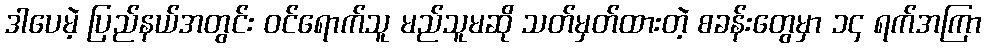
ဒါပေမဲ့ ပြည်နယ်အတွင်း ဝင်ရောက်သူ မည်သူမဆို သတ်မှတ်ထားတဲ့ စခန်းတွေမှာ ၁၄ ရက်အကြာ